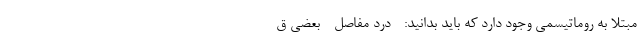
مبتلا به روماتیسمی وجود دارد که باید بدانید: - درد مفاصل - بعضی ق